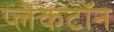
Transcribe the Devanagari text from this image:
प्लेकटॉन